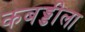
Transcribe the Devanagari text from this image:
कबड्डीला